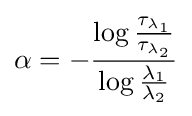
\alpha =-{\frac {\log {\frac {\tau _{\lambda _{1}}}{\tau _{\lambda _{2}}}}}{\log {\frac {\lambda _{1}}{\lambda _{2}}}}}